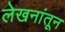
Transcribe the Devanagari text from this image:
लेखनांतून